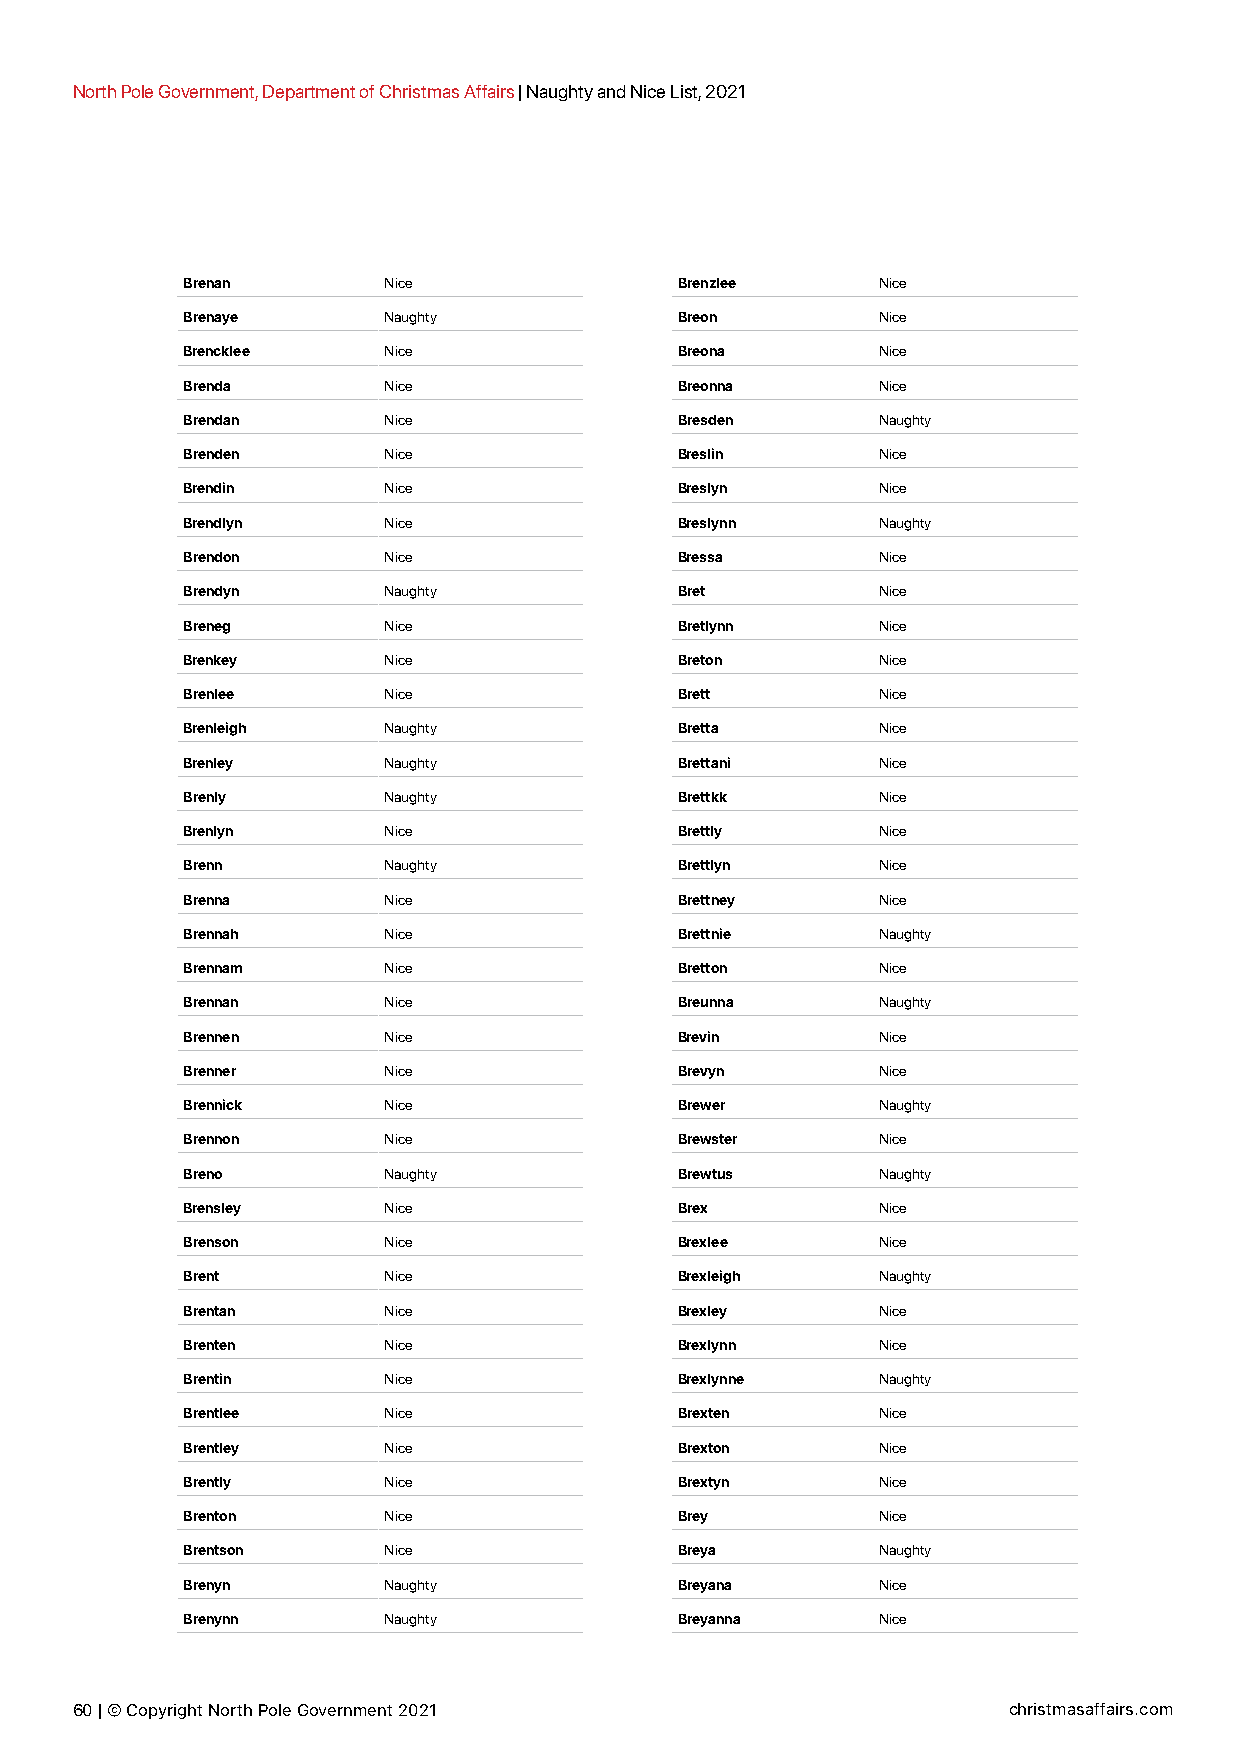
North Pole Government, Department of Christmas Affairs | Naughty and Nice List, 2021
 Brenan       Nice                Brenzlee     Nice
 Brenaye      Naughty             Breon        Nice
 Brencklee    Nice                Breona       Nice
 Brenda       Nice                Breonna      Nice
 Brendan      Nice                Bresden      Naughty
 Brenden      Nice                Breslin      Nice
 Brendin      Nice                Breslyn      Nice
 Brendlyn     Nice                Breslynn     Naughty
 Brendon      Nice                Bressa       Nice
 Brendyn      Naughty             Bret         Nice
 Breneg       Nice                Bretlynn     Nice
 Brenkey      Nice                Breton       Nice
 Brenlee      Nice                Brett        Nice
 Brenleigh    Naughty             Bretta       Nice
 Brenley      Naughty             Brettani     Nice
 Brenly       Naughty             Brettkk      Nice
 Brenlyn      Nice                Brettly      Nice
 Brenn        Naughty             Brettlyn     Nice
 Brenna       Nice                Brettney     Nice
 Brennah      Nice                Brettnie     Naughty
 Brennam      Nice                Bretton      Nice
 Brennan      Nice                Breunna      Naughty
 Brennen      Nice                Brevin       Nice
 Brenner      Nice                Brevyn       Nice
 Brennick     Nice                Brewer       Naughty
 Brennon      Nice                Brewster     Nice
 Breno        Naughty             Brewtus      Naughty
 Brensley     Nice                Brex         Nice
 Brenson      Nice                Brexlee      Nice
 Brent        Nice                Brexleigh    Naughty
 Brentan      Nice                Brexley      Nice
 Brenten      Nice                Brexlynn     Nice
 Brentin      Nice                Brexlynne    Naughty
 Brentlee     Nice                Brexten      Nice
 Brentley     Nice                Brexton      Nice
 Brently      Nice                Brextyn      Nice
 Brenton      Nice                Brey         Nice
 Brentson     Nice                Breya        Naughty
 Brenyn       Naughty             Breyana      Nice
 Brenynn      Naughty             Breyanna     Nice
 60 | © Copyright North Pole Government 2021                   christmasaffairs.com